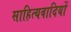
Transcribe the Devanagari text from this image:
साहित्यवादियों